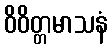
ဝိဝိတ္တမာသနံ